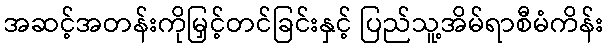
အဆင့်အတန်းကိုမြှင့်တင်ခြင်းနှင့် ပြည်သူ့အိမ်ရာစီမံကိန်း